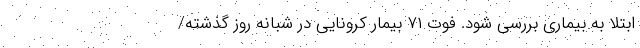
ابتلا به بیماری بررسی شود. فوت ۷۱ بیمار کرونایی در شبانه روز گذشته/